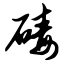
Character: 碡